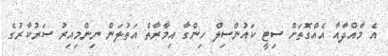
އެ މާއްދާއާ އެއްގޮތަށް ސިޓީ ކައުންސިލް ހިންގާ އިމާރާތް އަތުލަން ނިންމިއިރު ސަރުކާރުގެ